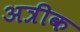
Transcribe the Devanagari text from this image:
अत्रीक